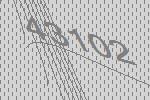
43102